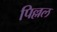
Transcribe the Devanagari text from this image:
पिल्लल